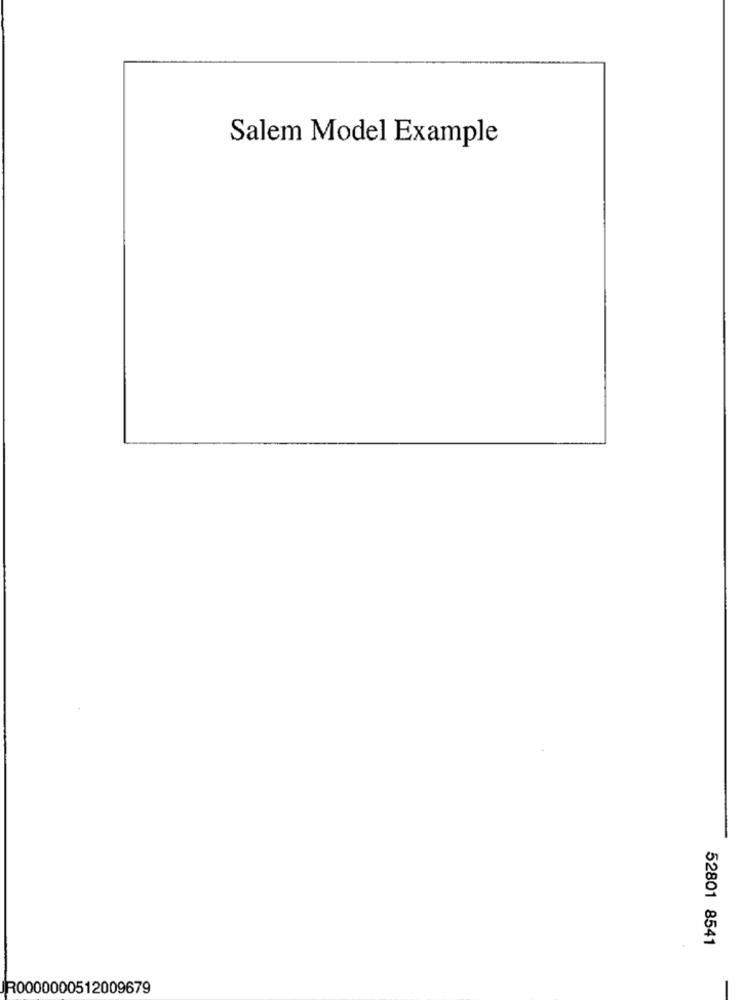
Salem Model Example
52801 8541
JR0000000512009679